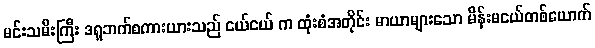
မင်းသမီးကြီး ဒရူဘက်စကားယားသည် ငယ်ငယ် က ထုံးစံအတိုင်း မာယာများသော မိန်းမငယ်တစ်ယောက်